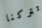
تتركنا